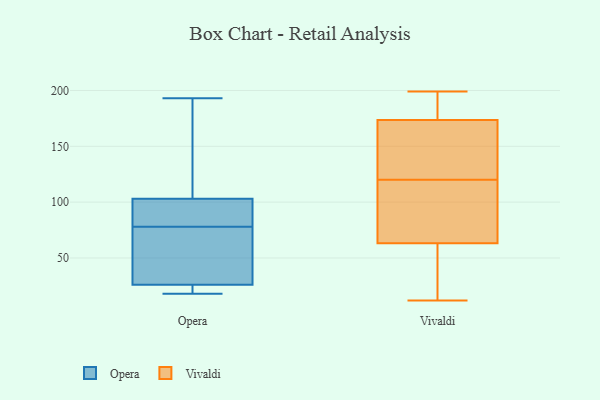
{"axis": {"x": "Conversion Rate (%)", "y": "Value"}, "legend": ["Opera", "Vivaldi"], "data": [{"x": "", "y": 134, "type": "Opera"}, {"x": "", "y": 48, "type": "Opera"}, {"x": "", "y": 69, "type": "Opera"}, {"x": "", "y": 26, "type": "Opera"}, {"x": "", "y": 18, "type": "Opera"}, {"x": "", "y": 193, "type": "Opera"}, {"x": "", "y": 87, "type": "Opera"}, {"x": "", "y": 20, "type": "Opera"}, {"x": "", "y": 103, "type": "Opera"}, {"x": "", "y": 91, "type": "Opera"}, {"x": "", "y": 33, "type": "Vivaldi"}, {"x": "", "y": 73, "type": "Vivaldi"}, {"x": "", "y": 163, "type": "Vivaldi"}, {"x": "", "y": 189, "type": "Vivaldi"}, {"x": "", "y": 41, "type": "Vivaldi"}, {"x": "", "y": 180, "type": "Vivaldi"}, {"x": "", "y": 23, "type": "Vivaldi"}, {"x": "", "y": 12, "type": "Vivaldi"}, {"x": "", "y": 184, "type": "Vivaldi"}, {"x": "", "y": 60, "type": "Vivaldi"}, {"x": "", "y": 110, "type": "Vivaldi"}, {"x": "", "y": 199, "type": "Vivaldi"}, {"x": "", "y": 155, "type": "Vivaldi"}, {"x": "", "y": 92, "type": "Vivaldi"}, {"x": "", "y": 101, "type": "Vivaldi"}, {"x": "", "y": 128, "type": "Vivaldi"}, {"x": "", "y": 120, "type": "Vivaldi"}, {"x": "", "y": 154, "type": "Vivaldi"}, {"x": "", "y": 177, "type": "Vivaldi"}]}